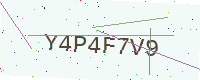
Text: Y4P4F7V9